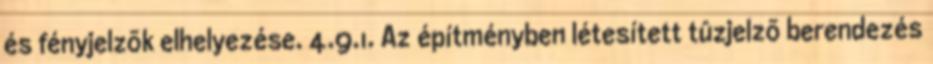
és fényjelzõk elhelyezése. 4.9.1. Az építményben létesített tûzjelzõ berendezés